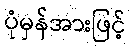
ပုံမှန်အားဖြင့်